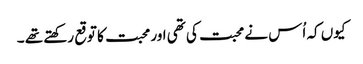
کیوں کہ اُس نے محبت کی تھی اور محبت کا توقع رکھتے تھے ۔